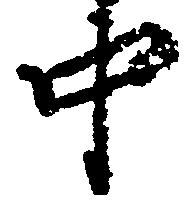
中